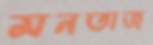
মনতাজ